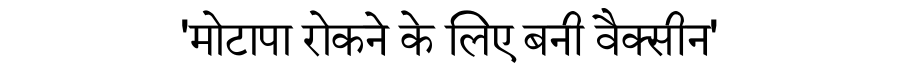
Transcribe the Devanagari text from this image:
'मोटापा रोकने के लिए बनी वैक्सीन'